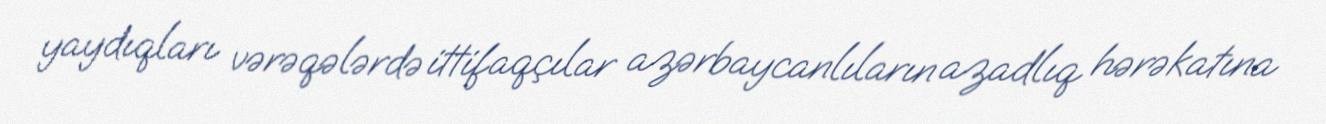
yaydıqları vərəqələrdə ittifaqçılar azərbaycanlıların azadlıq hərəkatına